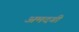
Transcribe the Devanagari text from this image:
अमदगी